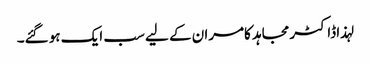
لہذا ڈاکٹر مجاہد کامران کے لیے سب ایک ہو گئے۔